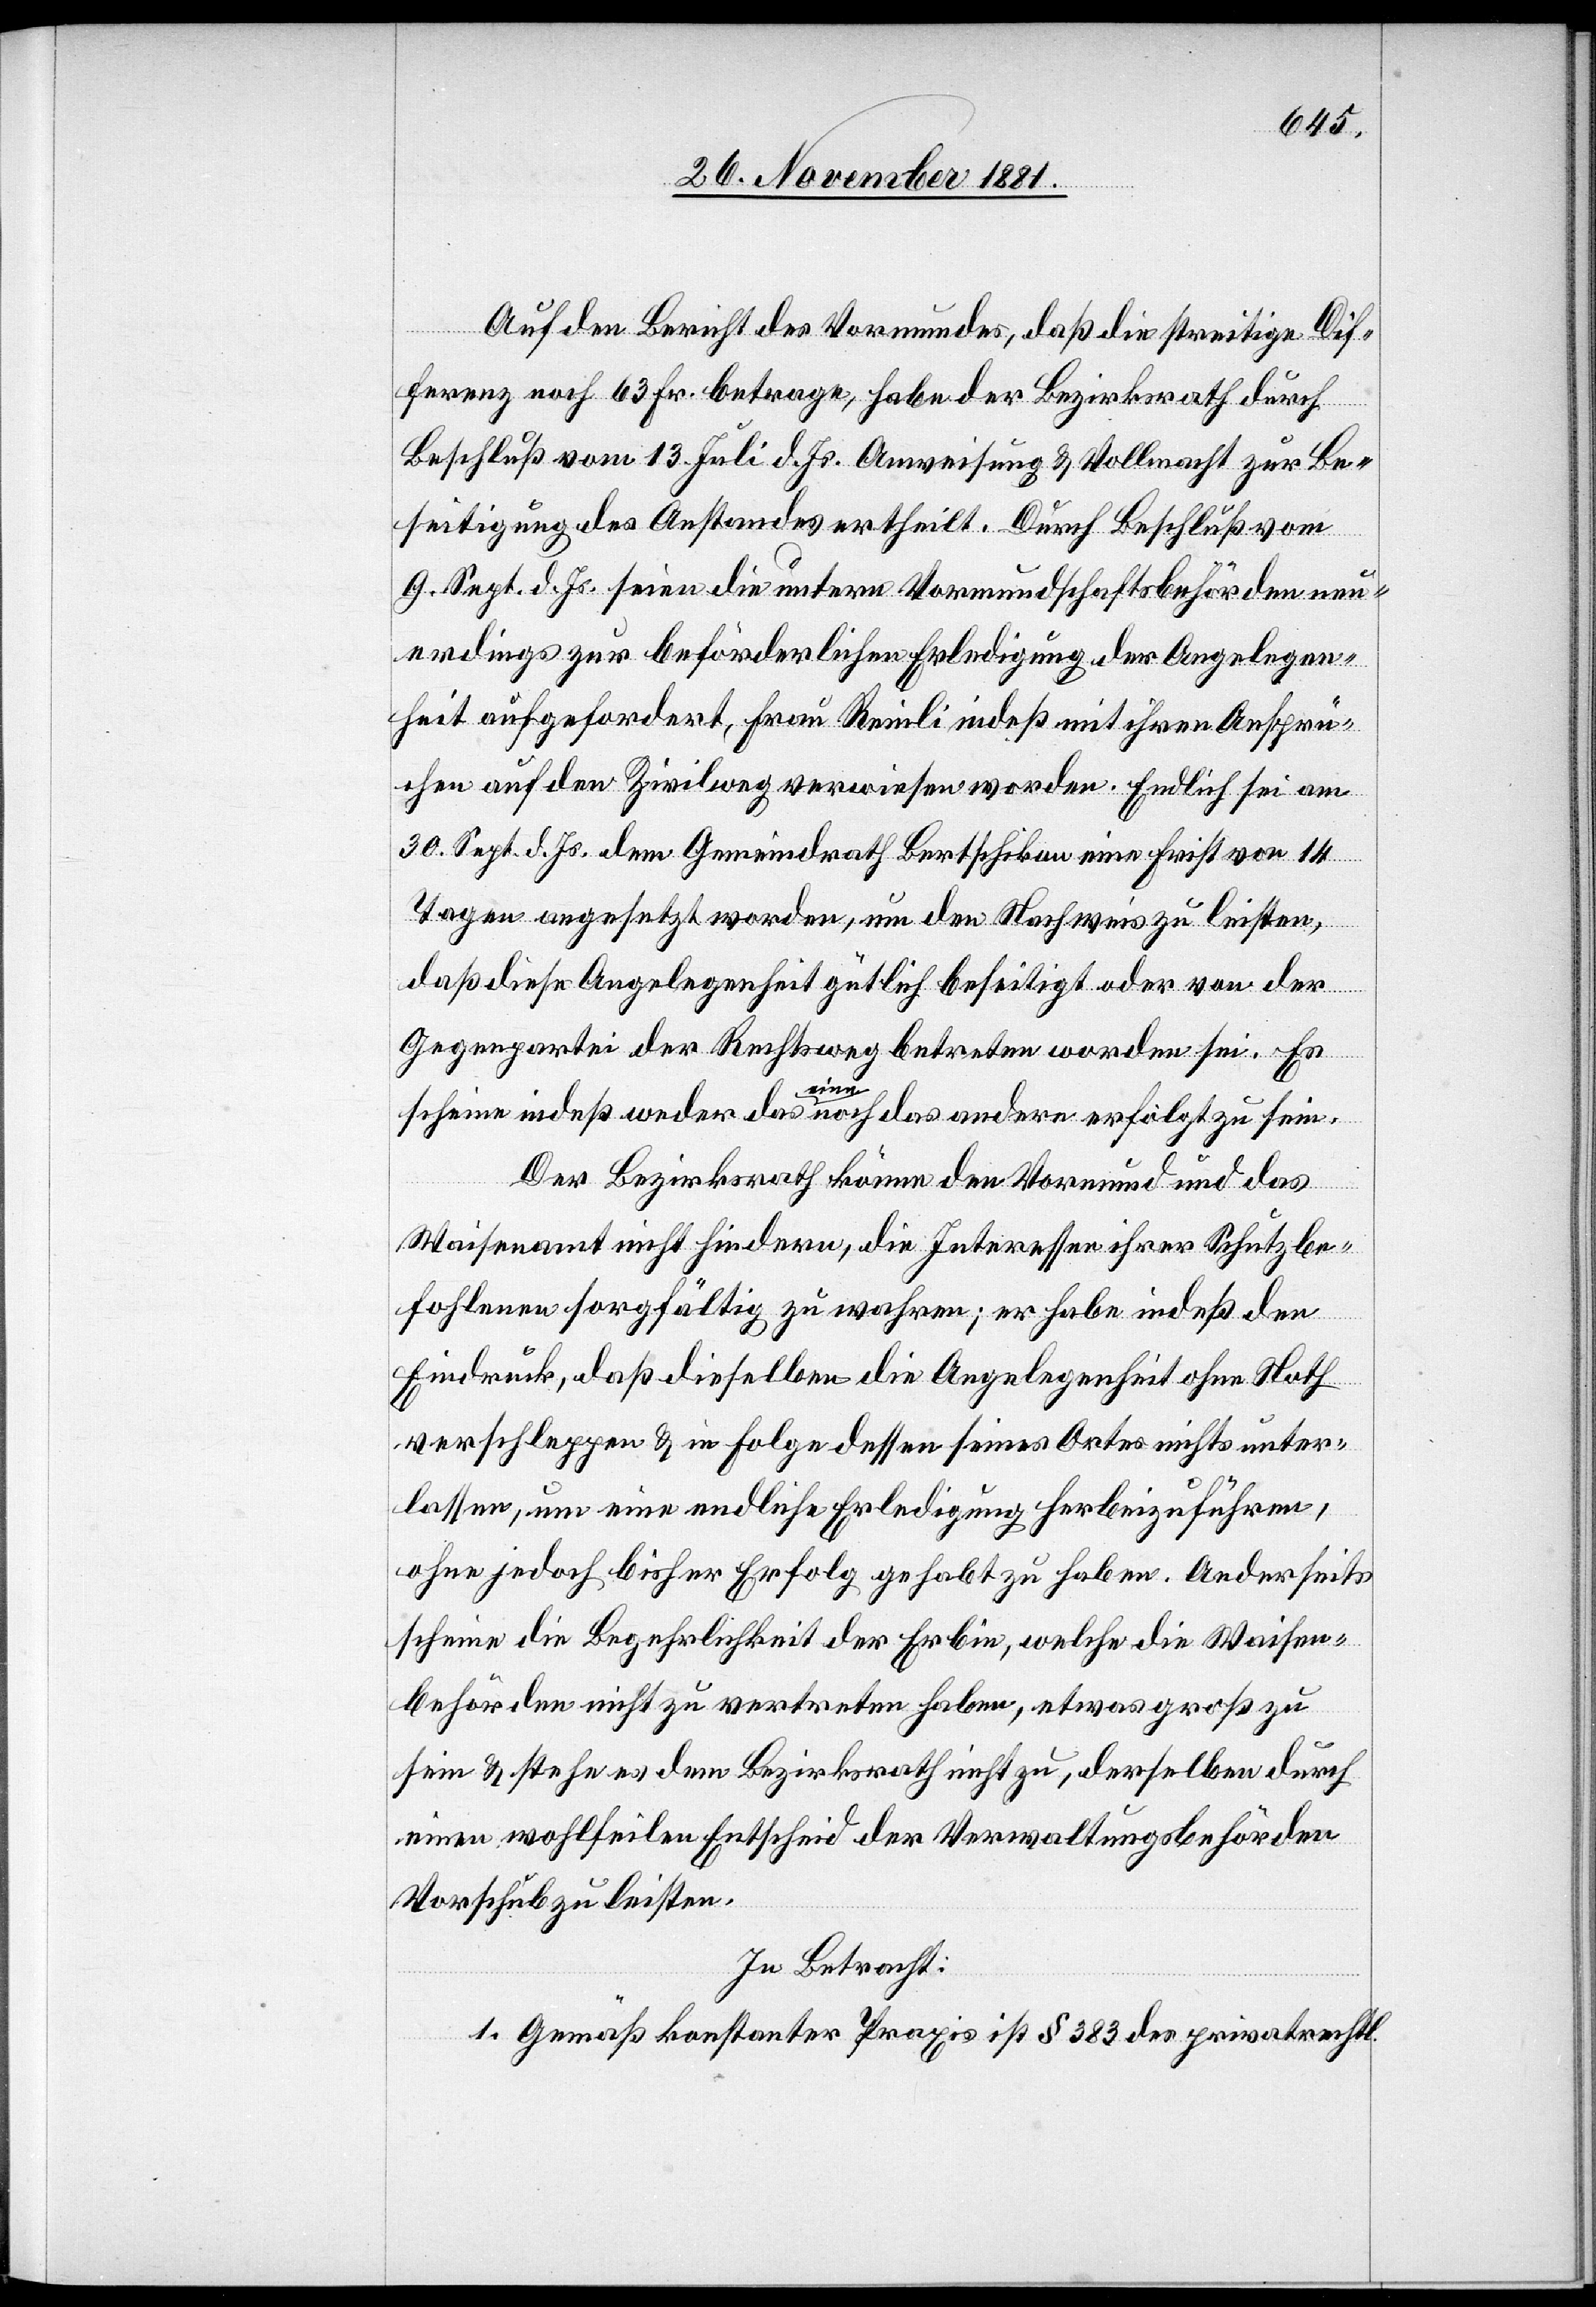
Auf den Bericht des Vormundes, daß die streitige Dif¬
ferenz noch 63 Fr. betrage, habe der Bezirksrath durch
Beschluß vom 13. Juli d. Js. Anweisung & Vollmacht zur Be¬
seitigung des Anstandes ertheilt. Durch Beschluß vom
9. Sept. d. Js. seien die untern Vormundschaftsbehörden neu¬
erdings zur beförderlichen Erledigung der Angelegen¬
heit aufgefordert, Frau Reinli indeß mit ihren Ansprü¬
chen auf den Zivilweg verwiesen worden. Endlich sei am
30. Sept. d. Js. dem Gemeindrath Bertschikon eine Frist von 14
Tagen angesetzt worden, um den Nachweis zu leisten,
daß diese Angelegenheit gütlich beseitigt oder von der
Gegenpartei der Rechtsweg betreten worden sei. Es
scheine indeß weder das eine noch das andere erfolgt zu sein.
Der Bezirksrath könne den Vormund und das
Waisenamt nicht hindern, die Interessen ihrer Schutzbe¬
fohlenen sorgfältig zu wahren; er habe indeß den
Eindruck, daß dieselben die Angelegenheit ohne Noth¬
verschleppen & in Folge dessen seines Ortes nichts unter¬
lassen, um eine endliche Erledigung herbeizuführen,
ohne jedoch bisher Erfolg gehabt zu haben. Anderseits
scheine die Begehrlichkeit der Erbin, welche die Waisen¬
behörden nicht zu vertreten haben, etwas groß zu
sein & stehe es dem Bezirksrath nicht zu, derselben durch
einen wohlfeilen Entscheid der Verwaltungsbehörden
Vorschub zu leisten.
In Betracht:
1. Gemäß konstanter Praxis ist § 383 des privatrechtl.